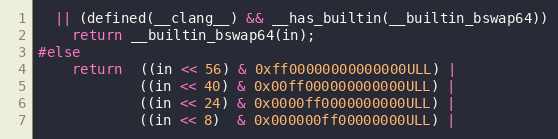
Language: C
  || (defined(__clang__) && __has_builtin(__builtin_bswap64))
    return __builtin_bswap64(in);
#else
    return  ((in << 56) & 0xff00000000000000ULL) |
            ((in << 40) & 0x00ff000000000000ULL) |
            ((in << 24) & 0x0000ff0000000000ULL) |
            ((in << 8)  & 0x000000ff00000000ULL) |